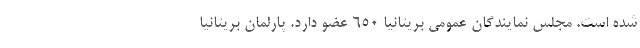
شده است. مجلس نمایندگان عمومی بریتانیا 650 عضو دارد. پارلمان بریتانیا